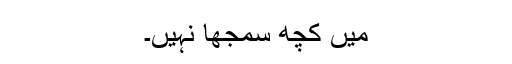
میں کچھ سمجھا نہیں۔